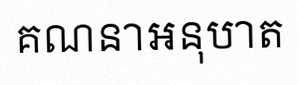
គណនាអនុបាត